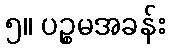
၅။ ပဉ္စမအခန်း